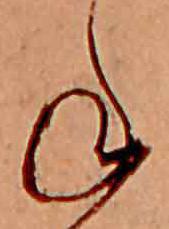
ね